Scottish Leaving Certificate Examination, 1956
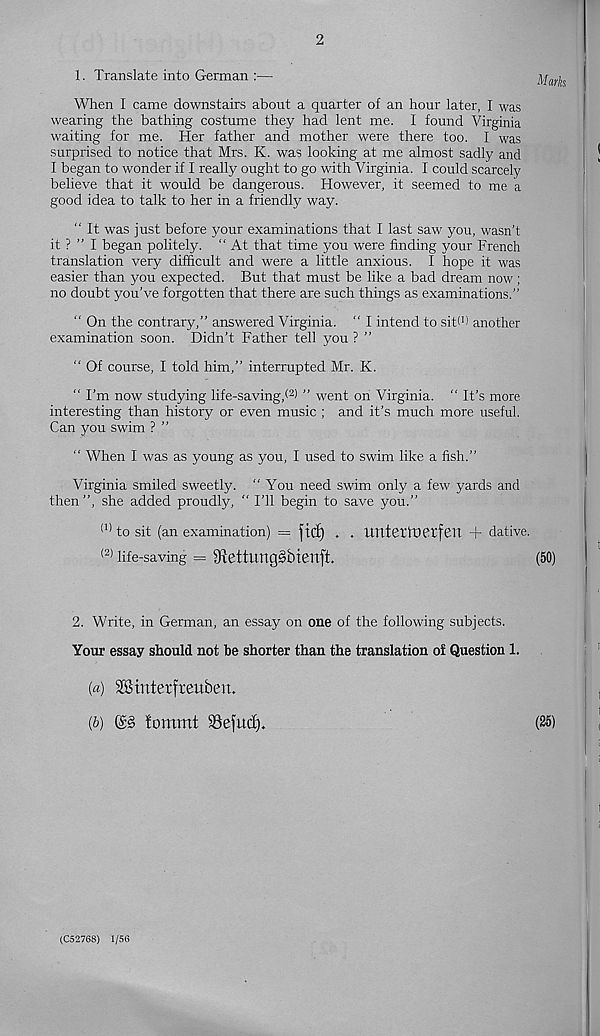
2
1. Translate into German :—
Marks
When I came downstairs about a quarter of an hour later, I was
wearing the bathing costume they had lent me. I found Virginia
waiting for me. Her father and mother were there too. I was
surprised to notice that Mrs. K. was looking at me almost sadly and
I began to wonder if I really ought to go with Virginia. I could scarcely
believe that it would be dangerous. However, it seemed to me a
good idea to talk to her in a friendly way.
“ It was just before your examinations that I last saw you, wasn’t
it ? ” I began politely. “ At that time you were finding your French
translation very difficult and were a little anxious. I hope it was
easier than you expected. But that must be like a bad dream now;
no doubt you’ve forgotten that there are such things as examinations."
“ On the contrary,” answered Virginia. “ I intend to sib 1 ) another
examination soon. Didn’t Father tell you ? ”
“ Of course, I told him,” interrupted Mr. K.
“ I’m now studying life-saving/ 2 ) ” went on Virginia. " It’s more
interesting than history or even music ; and it’s much more useful.
Can you swim ? ”
“ When I was as young as you, I used to swim like a fish.”
Virginia smiled sweetly. “You need swim only a few yards and
then”, she added proudly, “ I’ll begin to save you.”
(1) to sit (an examination) = jtc£) . . Untei’tOetfeit + dative.
<2) life-saving = 9tettung§bienft.
(50)
2. Write, in German, an essay on one of the following subjects.
Your essay should not be shorter than the translation of Question 1.
{a) SSinterfreuben.
(b) @3 fommt 93efuc£b
(25)
(C52768) 1/56